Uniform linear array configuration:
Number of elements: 24
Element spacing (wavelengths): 0.75
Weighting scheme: exponential
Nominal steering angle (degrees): -45
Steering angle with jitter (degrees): -43.38
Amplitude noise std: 0.05
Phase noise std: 0.05

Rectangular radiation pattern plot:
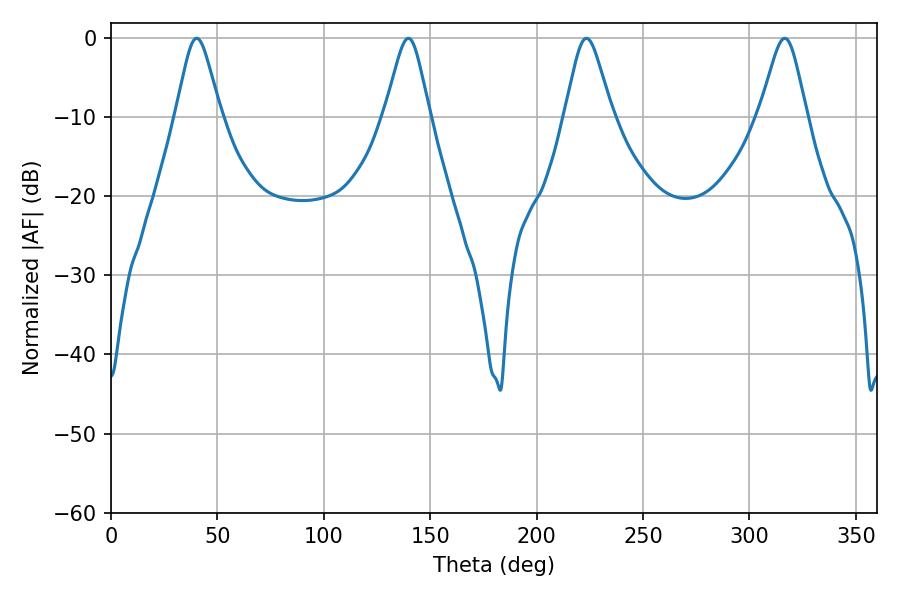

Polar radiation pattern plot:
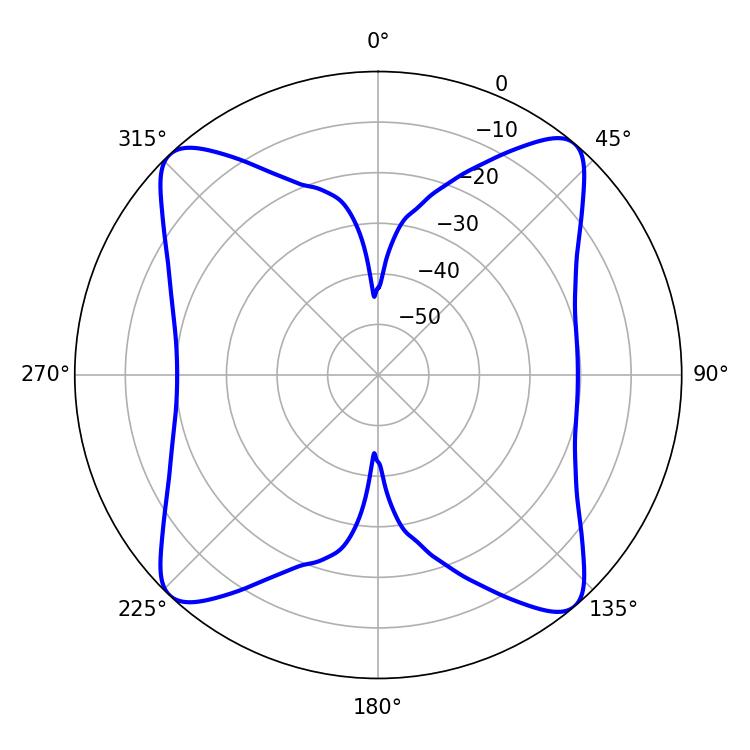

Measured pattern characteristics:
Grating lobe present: TRUE
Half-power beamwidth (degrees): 10.62
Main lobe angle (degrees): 223.38